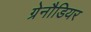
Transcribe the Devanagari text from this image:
ग्रेनौडियर